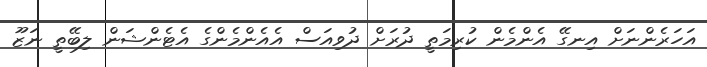
އަހަރެންނަށް އިނގޭ އެންމެން ކުރިމަތީ ދުރަށް ދުވިއަސް އެއެންމެންގެ އެޓެންޝަން ލިބޭތީ ނަޒޫ